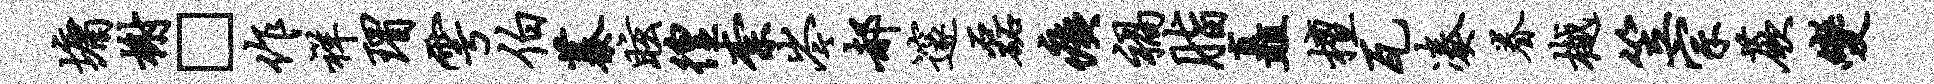
墉榭□作祥瑁雩伯蓁眩徨柰岑郝邃磊痍祸脂矗檀瓦凑眷樾笠宗蕨变